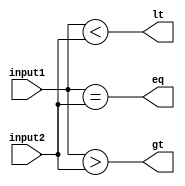
module comparator (
  input [3:0] input1,
  input [3:0] input2,
  output eq,  // equal
  output gt,  // greater than
  output lt   // less than
);

  assign eq = (input1 == input2);
  assign gt = (input1 > input2);
  assign lt = (input1 < input2);

endmodule